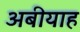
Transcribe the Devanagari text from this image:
अबीयाह